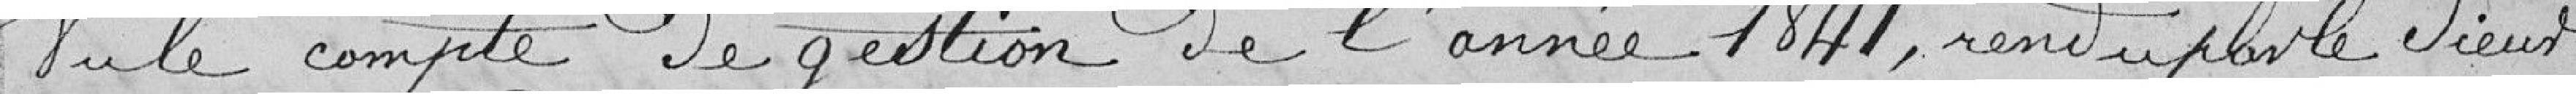
Vu le compte de gestion de l'année 1841, rendu par le sieur